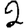
Digit: 2